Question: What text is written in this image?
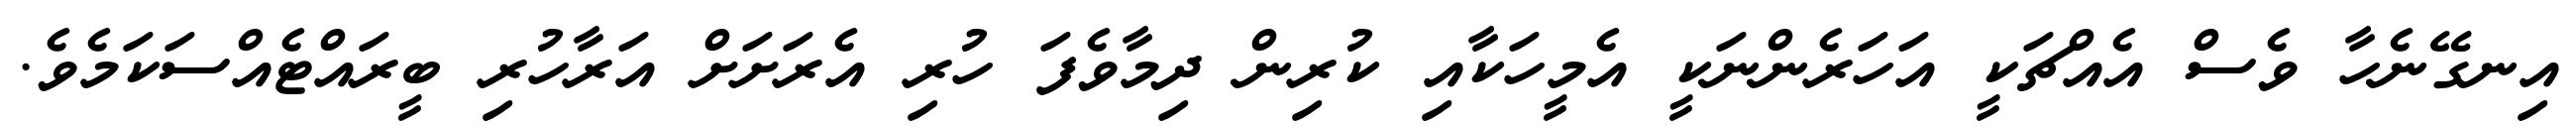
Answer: އިނގޭނެހާ ވެސް އެއްޗަކީ އަހަރެންނަކީ އެމީހަކާއި ކުރިން ދިމާވެފަ ހުރި އެރަށަށް އަރާހުރި ބީރައްޓެއްސަކަމެވެ.